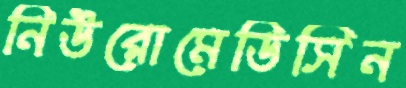
নিউরোমেডিসিন